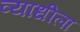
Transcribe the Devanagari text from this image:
व्याधीला